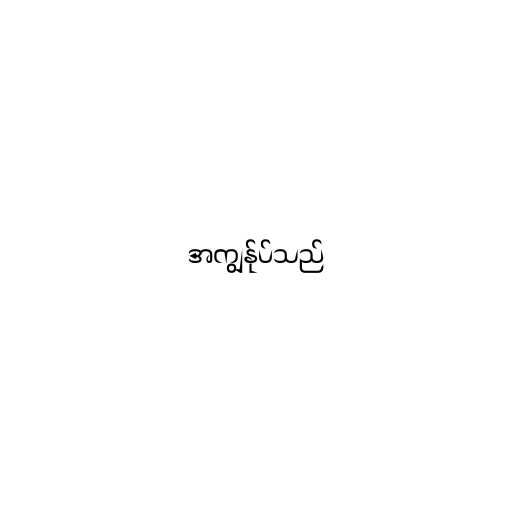
အကျွန်ုပ်သည်